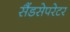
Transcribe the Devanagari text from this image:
सैंडसेपरेटर